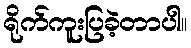
ရိုက်ကူးပြခဲ့တာပါ။